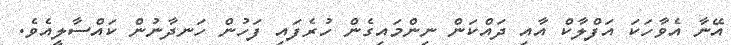
އޭނާ އެވާހަކަ އަފްލާކް އާއި ދައްކަން ނިންމައިގެން ހުރެފައި ފަހުން ހަނދާނުން ކައްސާލީއެވެ.